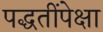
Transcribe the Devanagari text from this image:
पद्धतींपेक्षा